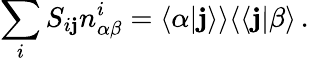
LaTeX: \sum_{i}S_{i\mathbf{j}}n_{\alpha\beta}^{i}=\langle\alpha|\mathbf{j}\rangle\rangle\langle\langle\mathbf{j}|\beta\rangle\, .